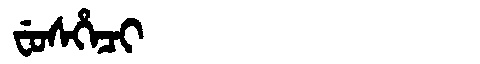
Manchu: ᠸᡠᠰᡥᡝᠴᡳ
Romanization: FUSHECI